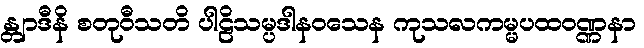
န္တျာဒီနိ စတုဝီသတိ ပါဠိသမ္ပဒါနဝသေန ကုသလကမ္မပထဝဏ္ဏနာ